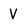
Character: V